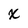
Character: x